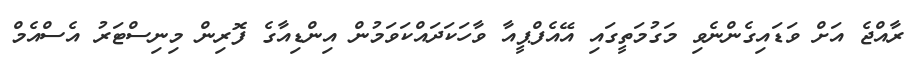
ރާއްޖެ އަށް ވަޑައިގެންނެވި މަގުމަތީގައި އޭއެފްޕީއާ ވާހަކަދައްކަވަމުން އިންޑިއާގެ ފޮރިން މިނިސްޓަރު އެސްއެމް